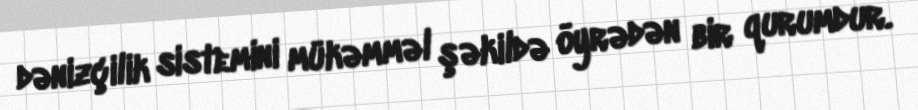
dənizçilik sistemini mükəmməl şəkildə öyrədən bir qurumdur.